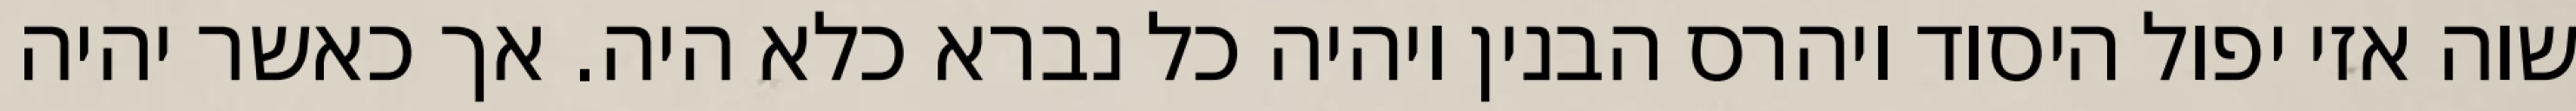
שוה אזי יפול היסוד ויהרס הבנין ויהיה כל נברא כלא היה. אך כאשר יהיה